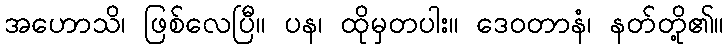
အဟောသိ၊ ဖြစ်လေပြီ။ ပန၊ ထိုမှတပါး။ ဒေဝတာနံ၊ နတ်တို့၏။